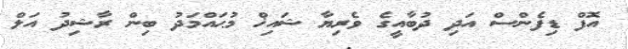
އޮފް ޑިފެންސް އަދި ދުބާއީގެ ވެރިޔާ ޝައިޚް މުޙައްމަދު ބިން ރާޝިދު އަލް